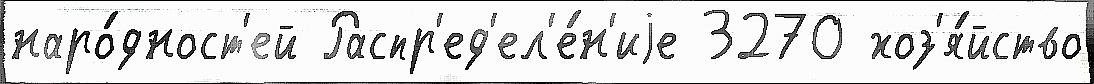
наро́дност'ей Распр'ед'ел'е́н'иjе 3270 хоз'я́йство